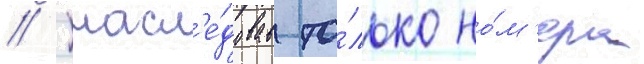
// Унасл'е́довав то́лько но́м'ера